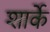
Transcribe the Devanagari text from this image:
शार्के